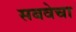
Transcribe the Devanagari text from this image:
सबवेचा